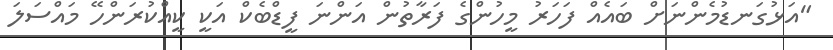
"އަޅުގަނޑުމެންނަށް ބައެއް ފަހަރު މީހުންގެ ފަރާތުން އަންނަ ފީޑްބެކް އަކީ ކީއްކުރަންހޭ މައްސަލަ